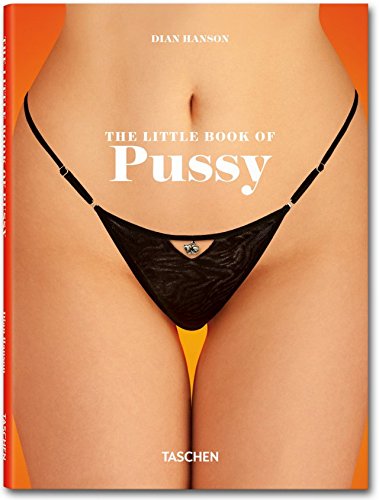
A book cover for The Little Book of Pussy; Arts & Photography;